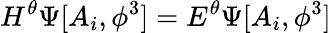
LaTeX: H^{\theta}\Psi[A_{i},\phi^{3}]=E^{\theta}\Psi[A_{i},\phi^{3}]